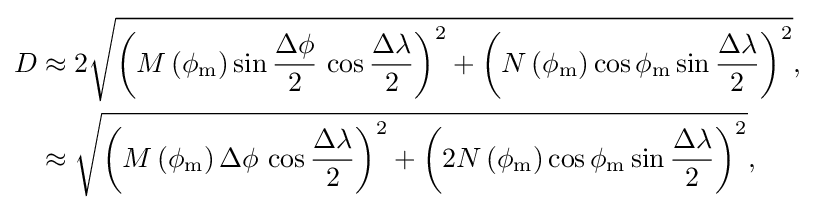
{\begin{aligned}D&\approx 2{\sqrt {\left(M\left(\phi _{\textrm {m}}\right)\sin {\frac {\Delta \phi }{2}}\,\cos {\frac {\Delta \lambda }{2}}\right)^{2}+\left(N\left(\phi _{\textrm {m}}\right)\cos \phi _{\textrm {m}}\sin {\frac {\Delta \lambda }{2}}\right)^{2}}},\\&\approx {\sqrt {\left(M\left(\phi _{\textrm {m}}\right)\Delta \phi \,\cos {\frac {\Delta \lambda }{2}}\right)^{2}+\left(2N\left(\phi _{\textrm {m}}\right)\cos \phi _{\textrm {m}}\sin {\frac {\Delta \lambda }{2}}\right)^{2}}},\end{aligned}}